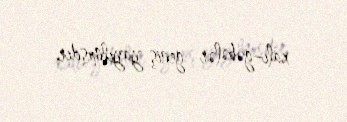
xalı–gəbələr geniş yayılmışdır.